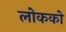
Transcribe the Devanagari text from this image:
लोकको